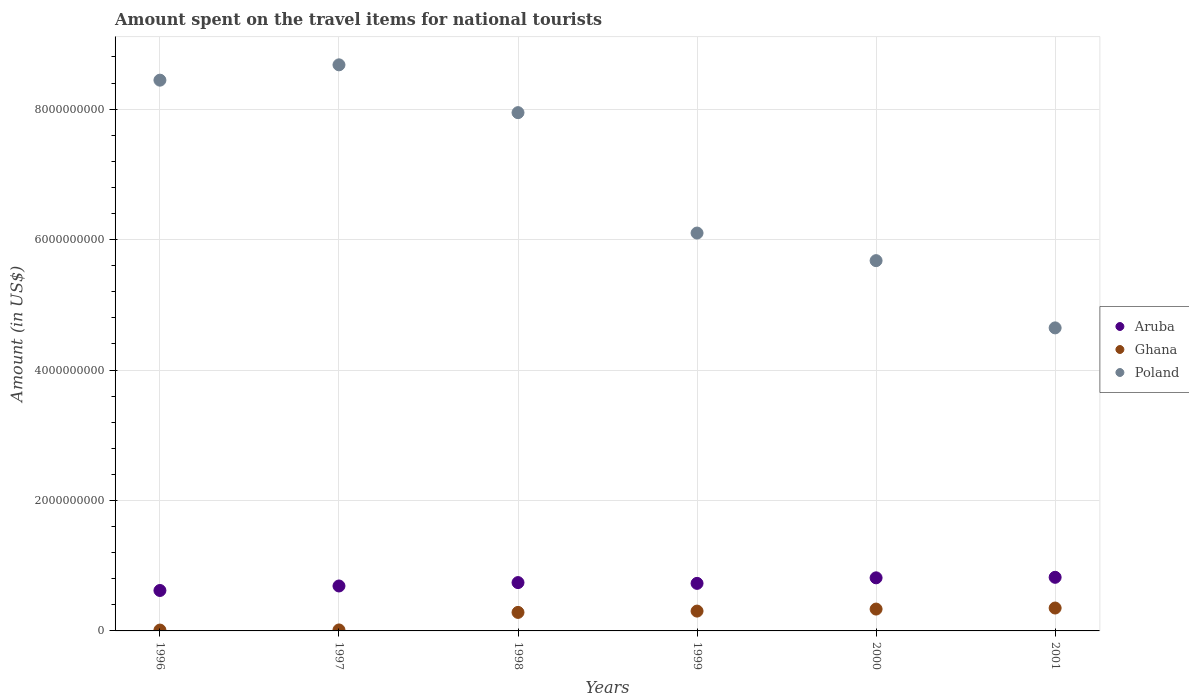
| Years | Aruba | Ghana | Poland |
 | --- | --- | --- | --- |
 | 1996 | 6.2e+08 | 1.3e+07 | 8.44e+09 |
 | 1997 | 6.89e+08 | 1.5e+07 | 8.68e+09 |
 | 1998 | 7.41e+08 | 2.84e+08 | 7.95e+09 |
 | 1999 | 7.29e+08 | 3.04e+08 | 6.1e+09 |
 | 2000 | 8.14e+08 | 3.35e+08 | 5.68e+09 |
 | 2001 | 8.22e+08 | 3.51e+08 | 4.65e+09 |